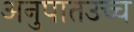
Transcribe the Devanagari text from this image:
अनुपातउच्च